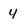
Character: 4